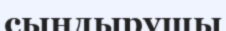
сындырушы